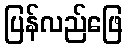
ပြန်လည်ဖြေ